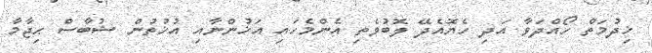
ޚިދުމަތް ހޯއްދަވާ އަދި ހެޔޮއެެދޭ ލޮބުވެތި އެންމެހައި އަޚުންނާއި އުޚުތުން ޝުބާސް ޙިޖާމާ